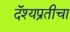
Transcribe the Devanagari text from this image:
दॅश्यप्रतीचा